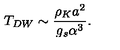
T _ { D W } \sim \frac { \rho _ { K } a ^ { 2 } } { g _ { s } \alpha ^ { 3 } } .